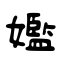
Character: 㜮